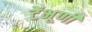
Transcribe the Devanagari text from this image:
टेंभूर्णी